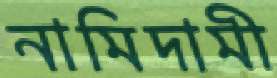
নামিদামী